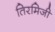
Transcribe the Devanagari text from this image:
तिरमिजी